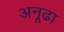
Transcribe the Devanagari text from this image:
अनूढा